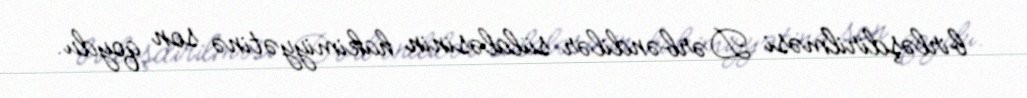
birləşdirilməsi Dərbəndilər sülaləsinin hakimiyyətinə son qoydu.